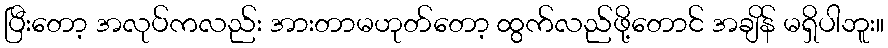
ပြီးတော့ အလုပ်ကလည်း အားတာမဟုတ်တော့ ထွက်လည်ဖို့တောင် အချိန် မရှိပါဘူး။